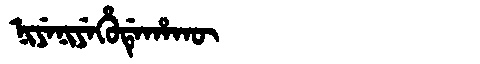
Manchu: ᠨᡳᠶᡝᠨᡳᠶᡝᡥᡠᡩᡝᡥᠠᡴᡡ
Romanization: NIYENIYEHUDEHAKŪ